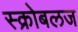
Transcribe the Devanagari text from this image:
स्क्रोबलज